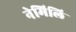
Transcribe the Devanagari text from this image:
नेमिलि